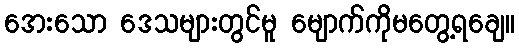
အေးသော ဒေသများတွင်မူ မျောက်ကိုမတွေ့ရချေ။